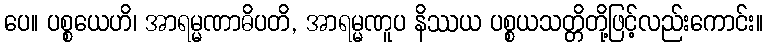
ပေ။ ပစ္စယေဟိ၊ အာရမ္မဏာဓိပတိ, အာရမ္မဏူပ နိဿယ ပစ္စယသတ္တိတို့ဖြင့်လည်းကောင်း။